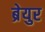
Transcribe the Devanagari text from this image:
ब्रेयुर